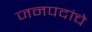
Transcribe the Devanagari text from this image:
जनपदांचे